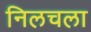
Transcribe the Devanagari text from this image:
निलचला